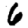
Digit: 6